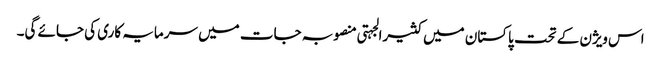
اس ویژن کے تحت پاکستان میں کثیرالجہتی منصوبہ جات میں سرمایہ کاری کی جائے گی۔